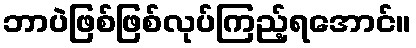
ဘာပဲဖြစ်ဖြစ်လုပ်ကြည့်ရအောင်။